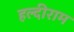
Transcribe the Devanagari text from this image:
हल्दीराम